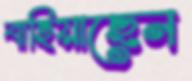
বাহিয়াছেন